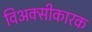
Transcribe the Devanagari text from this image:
विअक्सीकारक